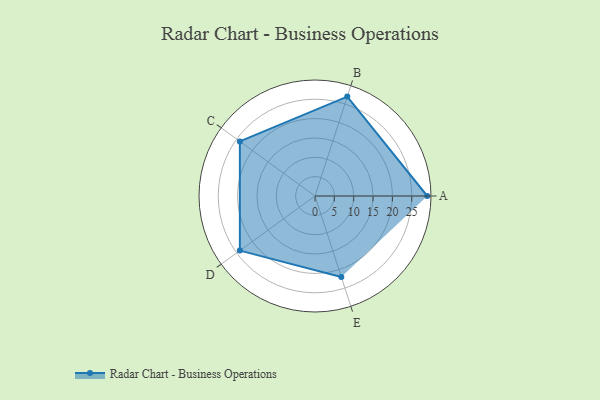
{"axis": {"x": "Skill", "y": "Score"}, "legend": ["Profile"], "data": [{"x": "A", "y": 29.0, "type": "Profile"}, {"x": "B", "y": 27.0, "type": "Profile"}, {"x": "C", "y": 24.0, "type": "Profile"}, {"x": "D", "y": 24.0, "type": "Profile"}, {"x": "E", "y": 22.0, "type": "Profile"}]}